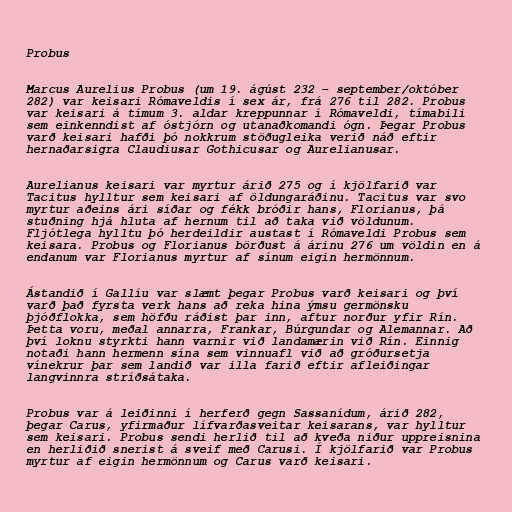
Probus

Marcus Aurelius Probus (um 19. ágúst 232 – september/október
282) var keisari Rómaveldis í sex ár, frá 276 til 282. Probus
var keisari á tímum 3. aldar kreppunnar í Rómaveldi, tímabili
sem einkenndist af óstjórn og utanaðkomandi ógn. Þegar Probus
varð keisari hafði þó nokkrum stöðugleika verið náð eftir
hernaðarsigra Claudiusar Gothicusar og Aurelianusar.

Aurelianus keisari var myrtur árið 275 og í kjölfarið var
Tacitus hylltur sem keisari af öldungaráðinu. Tacitus var svo
myrtur aðeins ári síðar og fékk bróðir hans, Florianus, þá
stuðning hjá hluta af hernum til að taka við völdunum.
Fljótlega hylltu þó herdeildir austast í Rómaveldi Probus sem
keisara. Probus og Florianus börðust á árinu 276 um völdin en á
endanum var Florianus myrtur af sínum eigin hermönnum.

Ástandið í Gallíu var slæmt þegar Probus varð keisari og því
varð það fyrsta verk hans að reka hina ýmsu germönsku
þjóðflokka, sem höfðu ráðist þar inn, aftur norður yfir Rín.
Þetta voru, meðal annarra, Frankar, Búrgundar og Alemannar. Að
því loknu styrkti hann varnir við landamærin við Rín. Einnig
notaði hann hermenn sína sem vinnuafl við að gróðursetja
vínekrur þar sem landið var illa farið eftir afleiðingar
langvinnra stríðsátaka.

Probus var á leiðinni í herferð gegn Sassanídum, árið 282,
þegar Carus, yfirmaður lífvarðasveitar keisarans, var hylltur
sem keisari. Probus sendi herlið til að kveða niður uppreisnina
en herliðið snerist á sveif með Carusi. Í kjölfarið var Probus
myrtur af eigin hermönnum og Carus varð keisari.